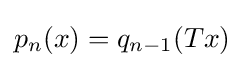
{\textstyle p_{n}(x)=q_{n-1}(Tx)}